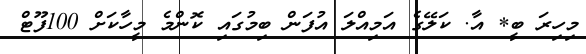
މިހިރަ ބީ* އާ. ކަލޭގެ އަމިއްލަ އުފަން ބިމުގައި ކޮންމެ މީހާކަށް 100ފޫޓް